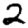
Digit: 2